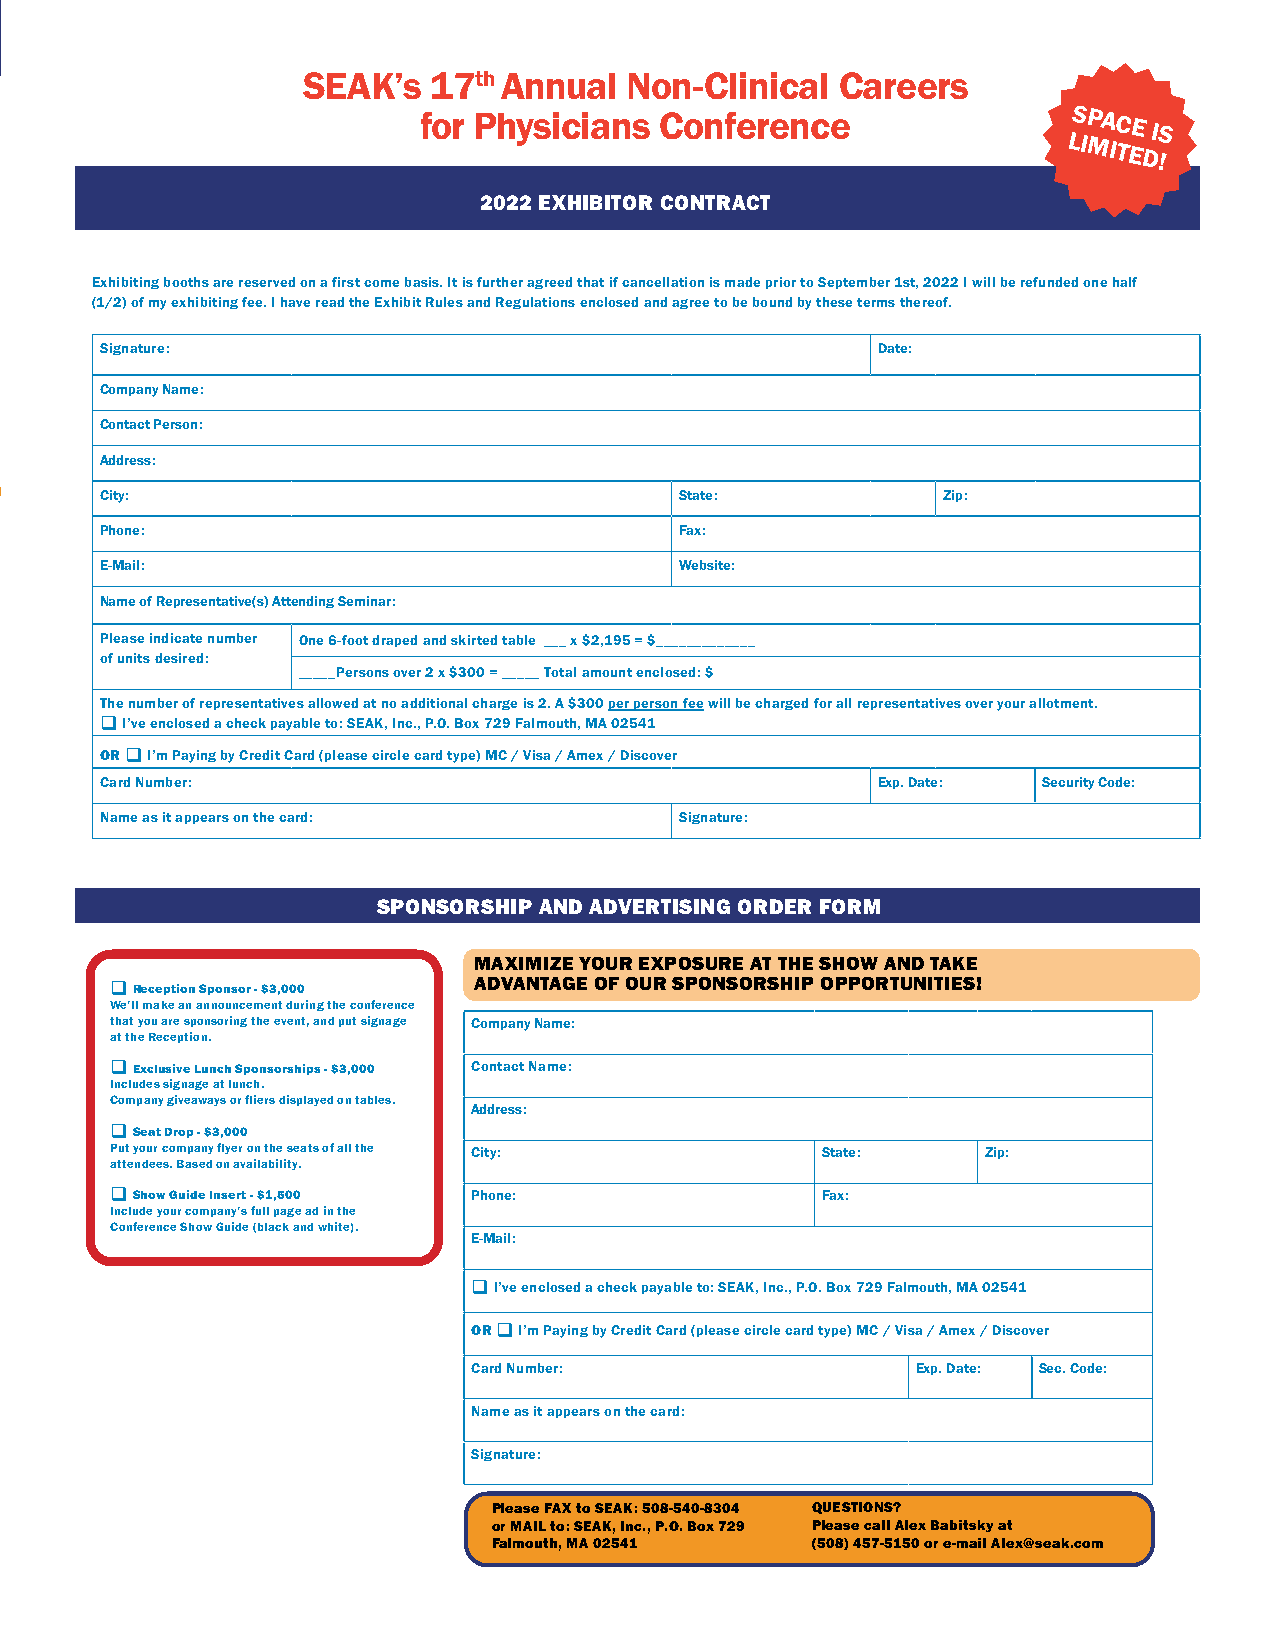
SEAK’s  17th Annual  Non-Clinical   Careers
 for Physicians  Conference                 LS IP MA IC TEE
 D
 I !S
 2022 EXHIBITOR CONTRACT
 Exhibiting booths are reserved on a first come basis. It is further agreed that if cancellation is made prior to September 1st, 2022 I will be refunded one half
 (1/2) of my exhibiting fee. I have read the Exhibit Rules and Regulations enclosed and agree to be bound by these terms thereof.
 Signature:                                         Date:
 Company Name:
 Contact Person:
 Address:
 City:                                 State:           Zip:
 Phone:                                Fax:
 E-Mail:                               Website:
 Name of Representative(s) Attending Seminar:
 Please indicate number One 6-foot draped and skirted table ___ x $2,195 = $_____________
 of units desired:
 _____Persons over 2 x $300 = _____ Total amount enclosed: $
 The number of representatives allowed at no additional charge is 2. A $300 per person fee will be charged for all representatives over your allotment.
 I’ve enclosed a check payable to: SEAK, Inc., P.O. Box 729 Falmouth, MA 02541
 OR I’m Paying by Credit Card (please circle card type) MC / Visa / Amex / Discover
 Card Number:                                       Exp. Date: Security Code:
 Name as it appears on the card:       Signature:
 SPONSORSHIP AND ADVERTISING ORDER FORM
 MAXIMIZE YOUR EXPOSURE AT THE SHOW AND TAKE
 Reception Sponsor - $3,000 ADVANTAGE OF OUR SPONSORSHIP OPPORTUNITIES!
 We’ll make an announcement during the conference
 that you are sponsoring the event, and put signage Company Name:
 at the Reception.
 Exclusive Lunch Sponsorships - $3,000 Contact Name:
 Includes signage at lunch.
 Company giveaways or fliers displayed on tables.
 Address:
 Seat Drop - $3,000
 Put your company flyer on the seats of all the City: State: Zip:
 attendees. Based on availability.
 Show Guide Insert - $1,500 Phone:             Fax:
 Include your company’s full page ad in the
 Conference Show Guide (black and white).
 E-Mail:
 I’ve enclosed a check payable to: SEAK, Inc., P.O. Box 729 Falmouth, MA 02541
 OR I’m Paying by Credit Card (please circle card type) MC / Visa / Amex / Discover
 Card Number:                  Exp. Date: Sec. Code:
 Name as it appears on the card:
 Signature:
 Please FAX to SEAK: 508-540-8304 QUESTIONS?
 or MAIL to: SEAK, Inc., P.O. Box 729 Please call Alex Babitsky at
 Falmouth, MA 02541   (508) 457-5150 or e-mail Alex@seak.com